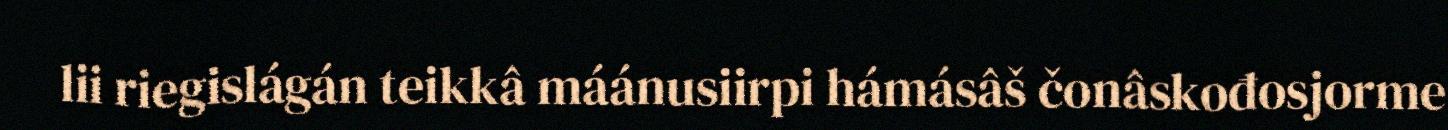
lii riegislágán teikkâ máánusiirpi hámásâš čonâskođosjorme